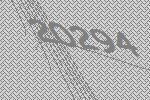
20294